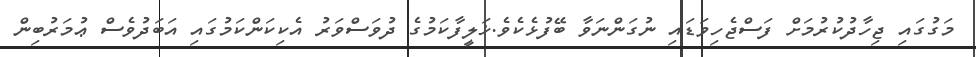
މަގުގައި ޖިހާދުކުރުމަށް ފަސްޖެހިވަޑައި ނުގަންނަވާ ބޭފުޅެކެވެ.ޚަލީފާކަމުގެ ދުވަސްވަރު އެކިކަންކަމުގައި އަބަދުވެސް ޢުމަރުބިން